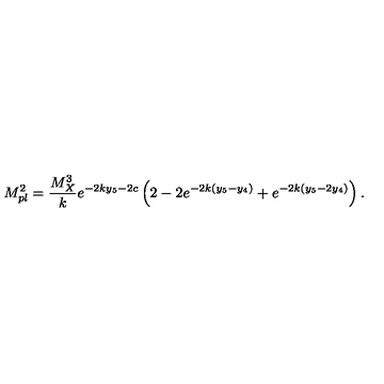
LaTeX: M _ { p l } ^ { 2 } = { \frac { M _ { X } ^ { 3 } } { k } } e ^ { - 2 k y _ { 5 } - 2 c } \left( 2 - 2 e ^ { - 2 k ( y _ { 5 } - y _ { 4 } ) } + e ^ { - 2 k ( y _ { 5 } - 2 y _ { 4 } ) } \right) . \,